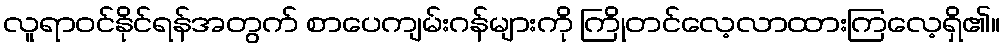
လူရာဝင်နိုင်ရန်အတွက် စာပေကျမ်းဂန်များကို ကြိုတင်လေ့လာထားကြလေ့ရှိ၏။